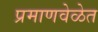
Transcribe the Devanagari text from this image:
प्रमाणवेळेत